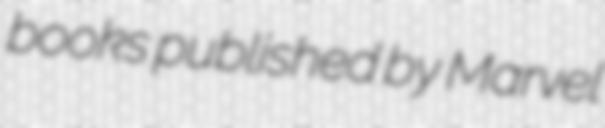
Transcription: books published by Marvel